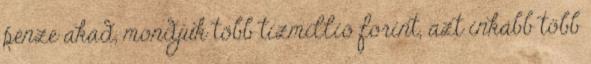
pénze akad, mondjuk több tízmillió forint, azt inkább több